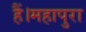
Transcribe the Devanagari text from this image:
हैं।महापुरा